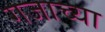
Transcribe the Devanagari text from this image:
गजाच्या